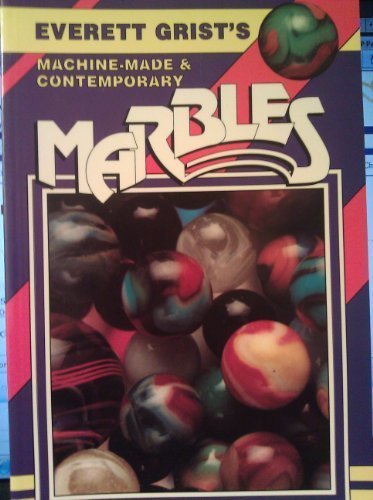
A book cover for Machine Made Contemporary Marbles: Identification and Values; Everett Grist; Crafts, Hobbies & Home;